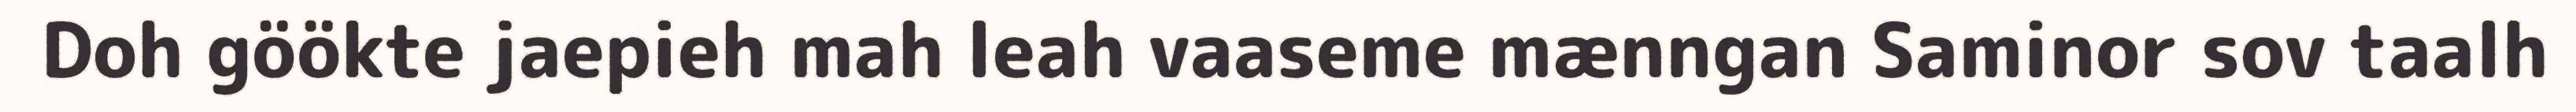
Doh göökte jaepieh mah leah vaaseme mænngan Saminor sov taalh